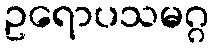
ဥရောပသမဂ္ဂ